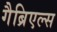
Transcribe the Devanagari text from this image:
गैब्रिएल्स